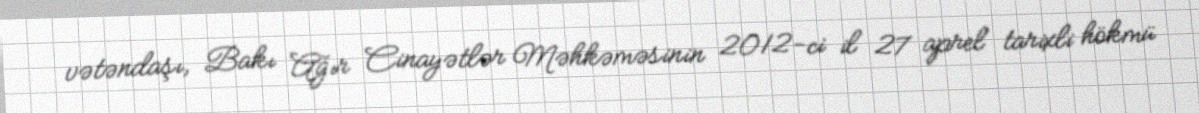
vətəndaşı, Bakı Ağır Cinayətlər Məhkəməsinin 2012-ci il 27 aprel tarixli hökmü